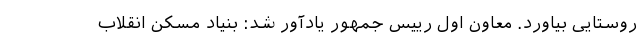
روستایی بیاورد. معاون اول رییس جمهور یادآور شد: بنیاد مسکن انقلاب